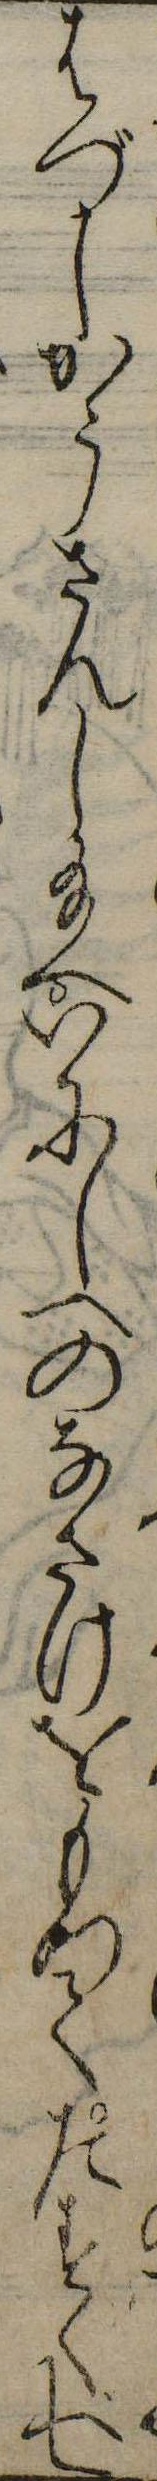
はづしかうさんし給へいにしへのなさけをもつてたすくべし